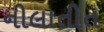
નીલાતીત